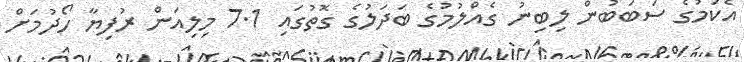
އެކަމުގެ ސަބަބުން ލިބިނު ގެއްލުމުގެ ބަދަލުގެ ގޮތުގައި 7.1 މިލިއަން ރުފިޔާ ހޯދުމަށް